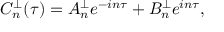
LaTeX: C _ { n } ^ { \perp } ( \tau ) = A _ { n } ^ { \perp } e ^ { - i n \tau } + B _ { n } ^ { \perp } e ^ { i n \tau } ,